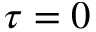
\tau = 0